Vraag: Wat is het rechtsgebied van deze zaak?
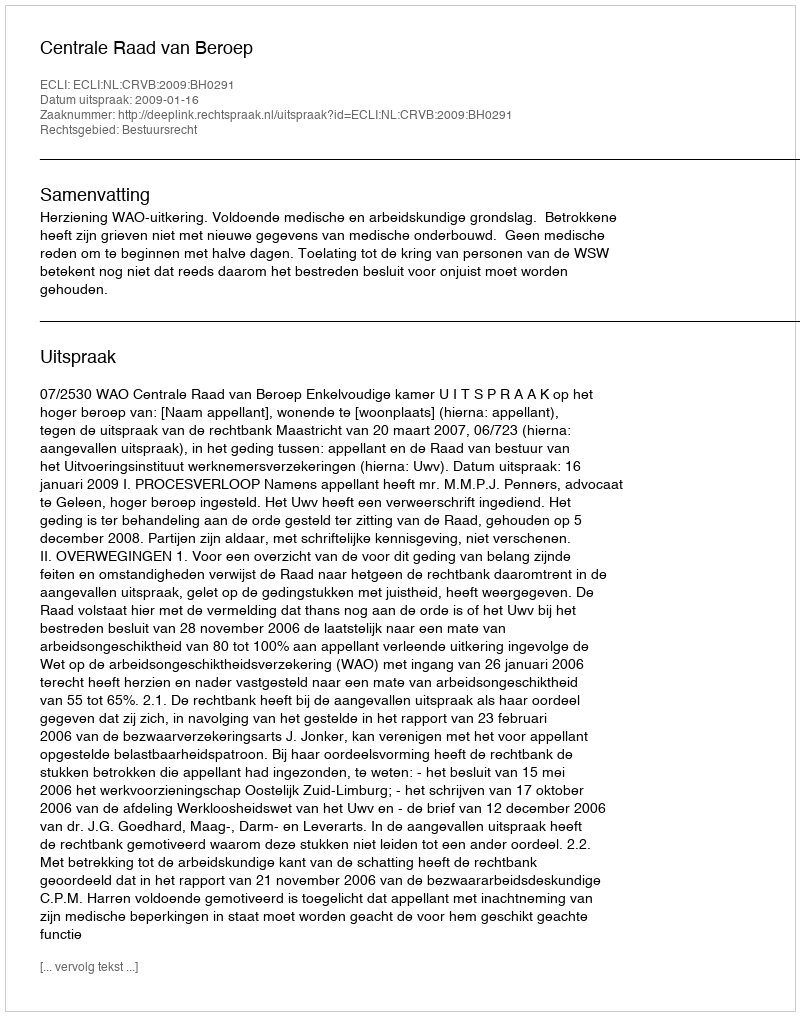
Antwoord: Bestuursrecht